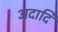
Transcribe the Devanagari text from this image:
अदादि